Leaving Certificate Examination (including Day School Certificate (Higher) General paper), 1939
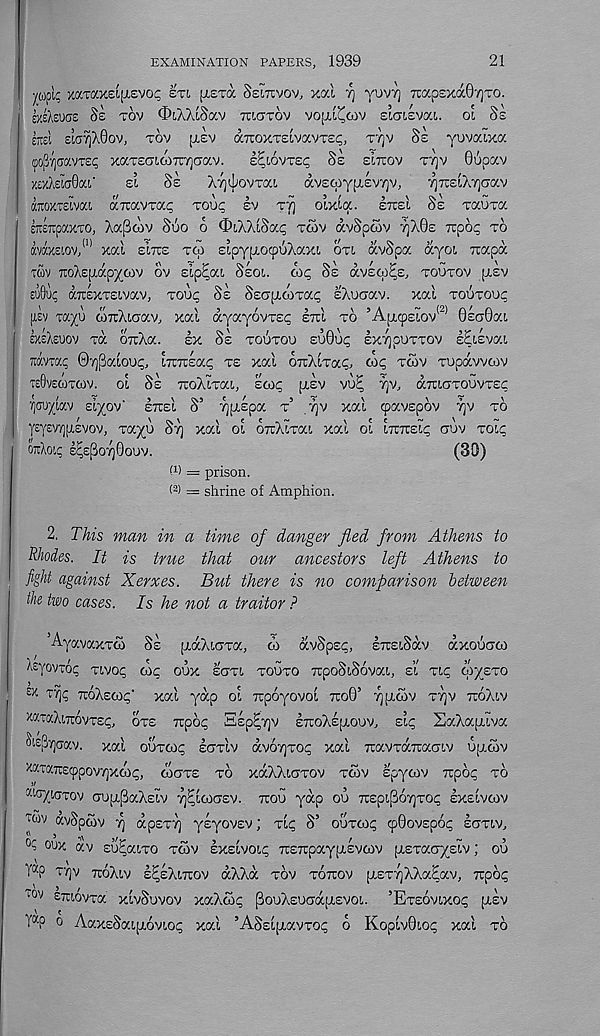
21
EXAMINATION PAPERS, 1939
yupiq xocTaxeifxevos; ETI [TETOC Semvov, xal
yuvy] TrapsxaOvjTO.
exsAeuciE Ss TOV OiXXiSav TUCJTOV VOIXL^OIV s’lciEvai. ol Ss
im EiuYjXOov, TOV [TEV aTTOXTSivavTEc;, TTjv Ss yovaixa
|!0j3'/](7aVTE? XOCTETlOITCTjO'CZV.
l^l6vT£<; Ss ELTIOV T7]V 0UpaV
xexAewGai'
si
SE
ATJ^OVTOO.
avscpypiEvyjv,
yxsiX^aav
aitoxiELvai airocvTa^ TOU^ SV Ty olxiqc. ETTEI SE Tauxa
ETtOTpaxTO, Xoc[3o)v SSo 6 (DiXXiSai; TOOV dvSpcov yXOs irpo? TO
avaxEiov,* 11 xal EITCE TCO EipypiocpuXaxi OTI dvSpa dyoi Trapd
TWV iroXEfxdpycov ov slp^at, SEOI.
SE dvEW^E, TOOTOV [TEV
eu9up axsxTEivav, TOU^ SE Ssap-WTa^ sXuaav. xal TOUTOUI;
(IEV tap corcXiaav, xal dyayovTEi; ETTI TO ’A[j.(p£iov < ' 2) OsaBai,
EXEXEUOV xd oirXa.
lx Ss TOUTOU EUOIK; EXTJOUTTOV I^LEvai
xdvia.p 07)j3aiou(;, LTritEa^ TE xal cntXlTa?, ox; TCOV TUpdvvoiv
TEOVECOTOIV.
OL SE TcoXiTai, sco; ptsv vo^ TJV, (XTUCTTOUVTEC:
•/jcu/jav slyov’ ITUEI S’ 7][T£pa r 7]v xal tpavspov yv TO
yEysv/jjjLevov, Tap ST] xal OL OTrXLTaL xal OL LTETTEL; aov TOL;
OXAOL; I;E[3O7)0OOV.
(30)
M = prison.
(2) — shrine of Amphion.
2. This man in a time of danger fled from Athens to
Rhodes. It is true that our ancestors left Athens to
fight against Xerxes. But there is no comparison between
the two cases. Is he not a traitor ?
AyavaxTW SE piaXLOTa, to dvSpsr, ETTELSCXV dxooaoi
leyovto; TIVO; toe oox EOTL TOUTO irpoSiSovaL, EL TL; OI/ETO
£/ -
TuoXsto;' xal yap OL Tcpoyovol 7ro0’ •/jfxtov TT]V TCOXLV
xaraXiTrovTs;, OTE Tipo; Slp^v ETTOXEJXOUV, EL; SaXapLLva
^E^aav. xal ouTto; ICTTIV dvoyjTo; xal TravTocTtaaLv ujxtov
Haia-Ecppovrjxto;, EOCTE TO xdXXLciTov Ttov spycov irpo; TO
CCI^/ L(7TOV CTUfJLPaXsLV Tj^LtOCJEV. TEOU ydp OU TEEpLpoiQTO; EXELVtOV
Tuv ocvSptov r\ dpsTT] yEyovsv; TL; S’ ouxto; cp0ovspo; ECTTLV,
0 ? oox dv su^aiTO TSIV EXELVOL; TCETupaypiEvtov pLETacryELv; oo
Y K P Tp TCOXLV I^EXLTTOV dXXd TOV TOTTOV [TETYjXXaEav, repo;
lOV £ TCLovTa XLVSOVOV xaXoi; (3ouXsu<jdpL£VOL. ’ETEOVLXO; pilv
Y a P o AaxsSaLjjLOVLo; xal ’ASsL[jLavTO; o KopLv0Lo; xal TO